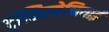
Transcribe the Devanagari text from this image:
ट्रांसिल्वेनियाई